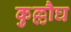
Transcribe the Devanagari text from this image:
कुल्लौघ